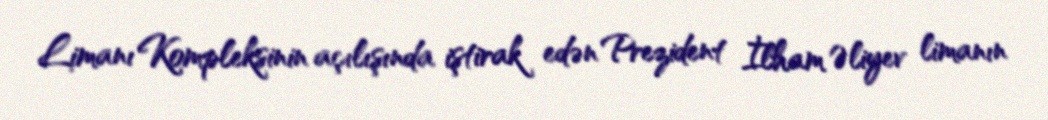
Limanı Kompleksinin açılışında iştirak edən Prezident İlham Əliyev limanın